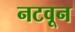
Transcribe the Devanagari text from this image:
नटवून